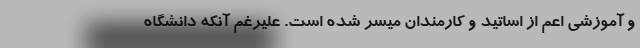
و آموزشی اعم از اساتید و کارمندان میسر شده است. علیرغم آنکه دانشگاه